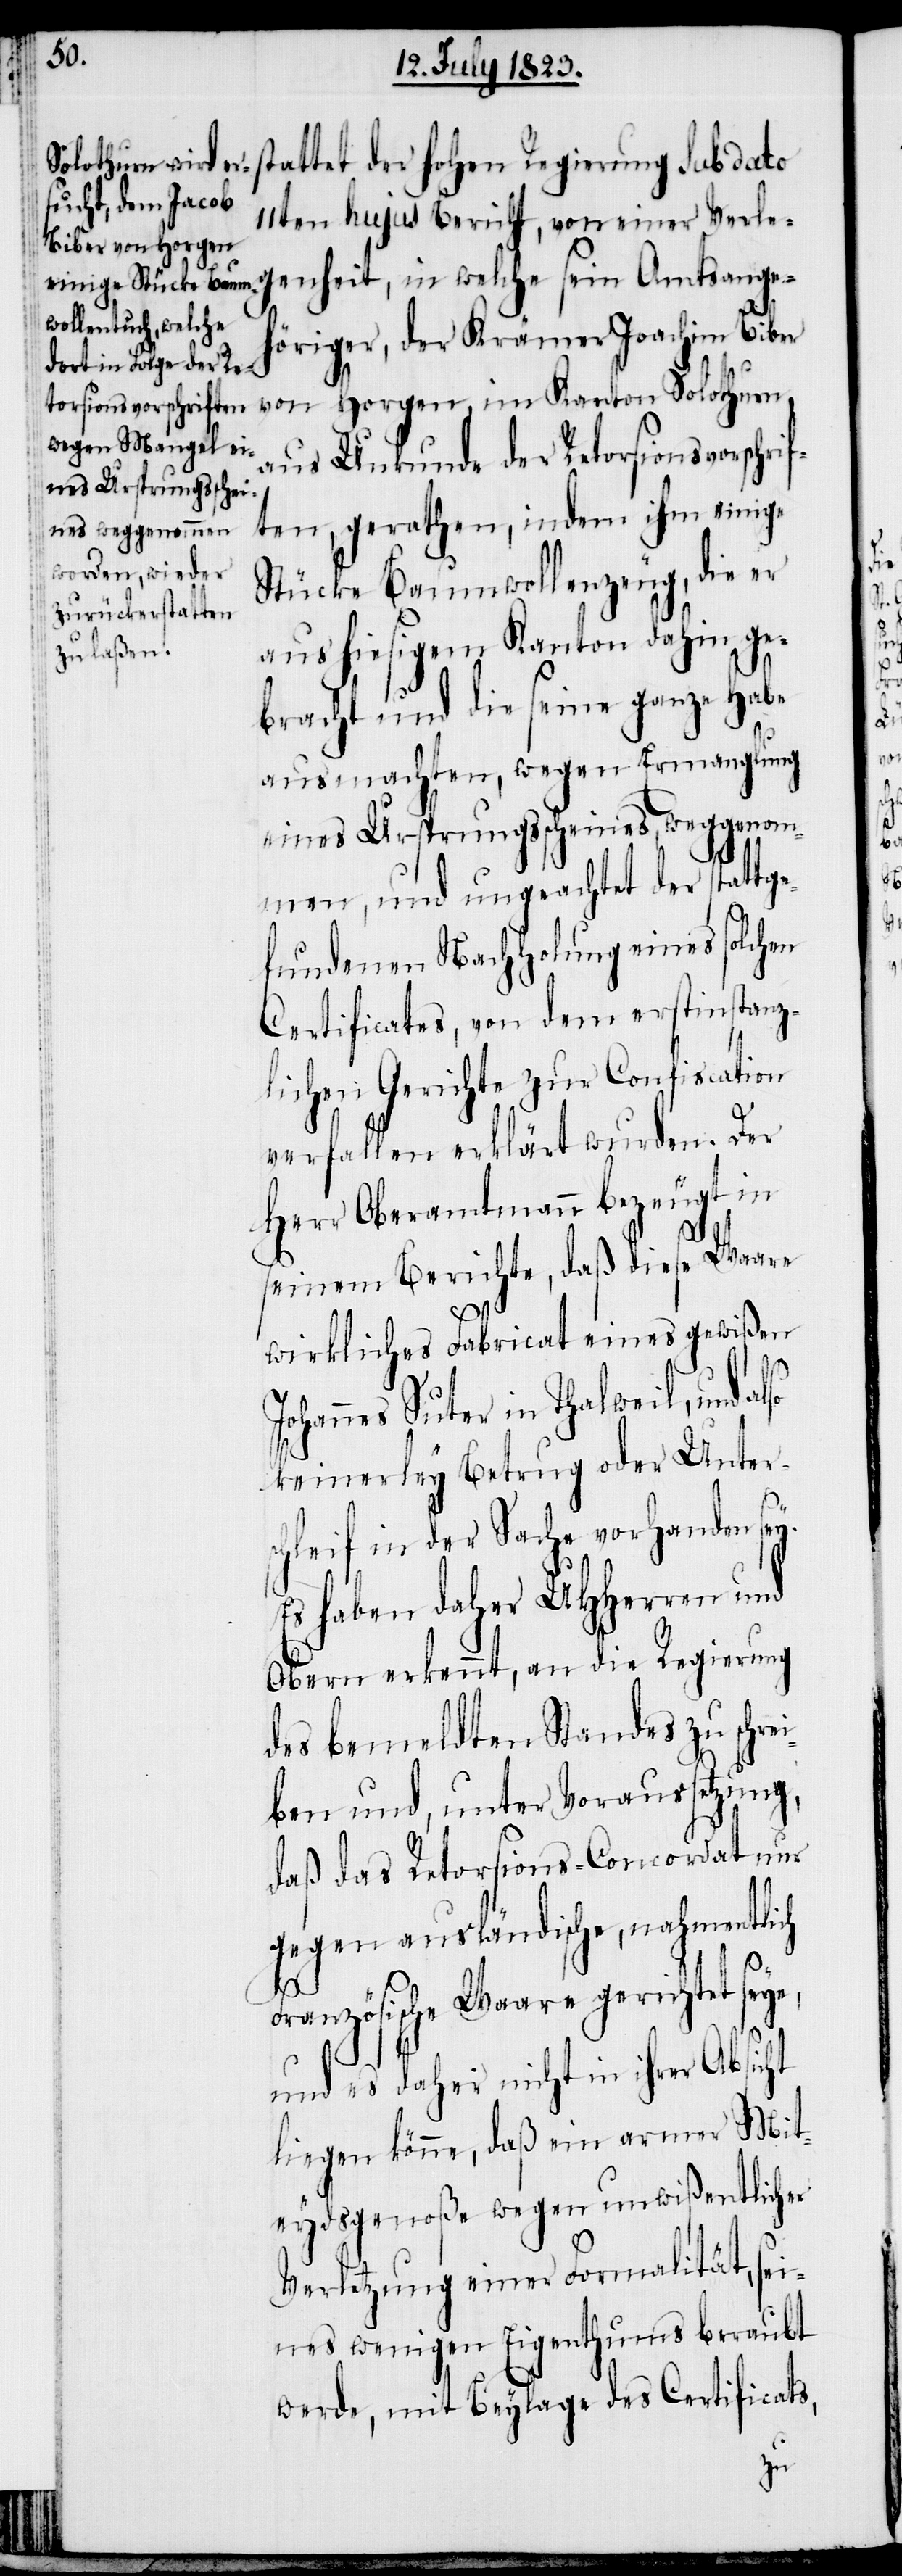
stattet der hohen Regierung sub dato
11ten hujus Bericht, von einer Verle¬
iber von Horgen,
genheit, in welche sein Amtsange¬
höriger, der Krämer Joachim B¬
aus Unkunde der Retorsionsvorschri¬
ften, gerathen, indem ihm einige
Stücke Baumwollenzeug, die er
aus hiesigem Kanton dahin ge¬
bracht und die seine ganze Habe
ausmachten, wegen Ermanglung
eines Ursprungsscheines, weggenom¬
men, und ungeachtet der statt¬
fundenen Nachholung eines solchen
Certificates, von dem erstinstanz¬
lichen Gerichte zur Confiscation
verfallen erklärt wurden. Der
Herr Oberamtmann bezeugt in
seinem Berichte, daß diese Waare
wirkliches Fabricat eines gewißen
Johannes Suter in Thalweil, und
keinerley Betrug oder Unter¬
schleif in der Sache vorhanden sey.
Es haben daher UHHerren und
Obern erkennt, an die Regierung
des bemeldten Standes zu schre¬
iben und, unter Voraussetzung,
daß das Retorsions-Concordat nur
gegen ausländische, nahmentlich
Französische Waare gerichtet seye,
und es daher nicht in ihrer Absicht
liegen könne, daß ein armer Mit¬
eydsgenoße wegen unwißentlicher
Verletzung einer Formalität, sei¬
nes wenigen Eigenthums beraubt
werde, mit Beylage des Certificats,
ge¬